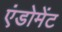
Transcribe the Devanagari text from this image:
एंडोमेंट